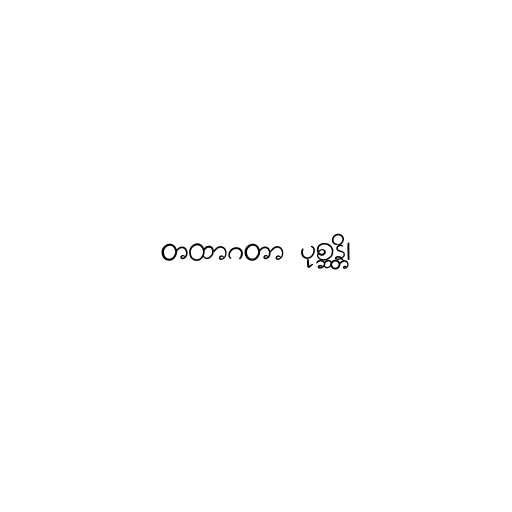
တထာဂတာ ပုစ္ဆန္တိ၊